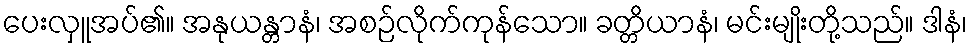
ပေးလှူအပ်၏။ အနုယန္တာနံ၊ အစဉ်လိုက်ကုန်သော။ ခတ္တိယာနံ၊ မင်းမျိုးတို့သည်။ ဒါနံ၊